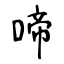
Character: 啼